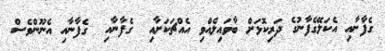
ގެފާނާއި އެކަލޭގެފާނުގެ ދަރިކޮޅަށް ބާވައިލެއްވި އެއްޗަކަށާއި  ގެފާނާއި  ގެފާނާއި އެނޫންވެސް